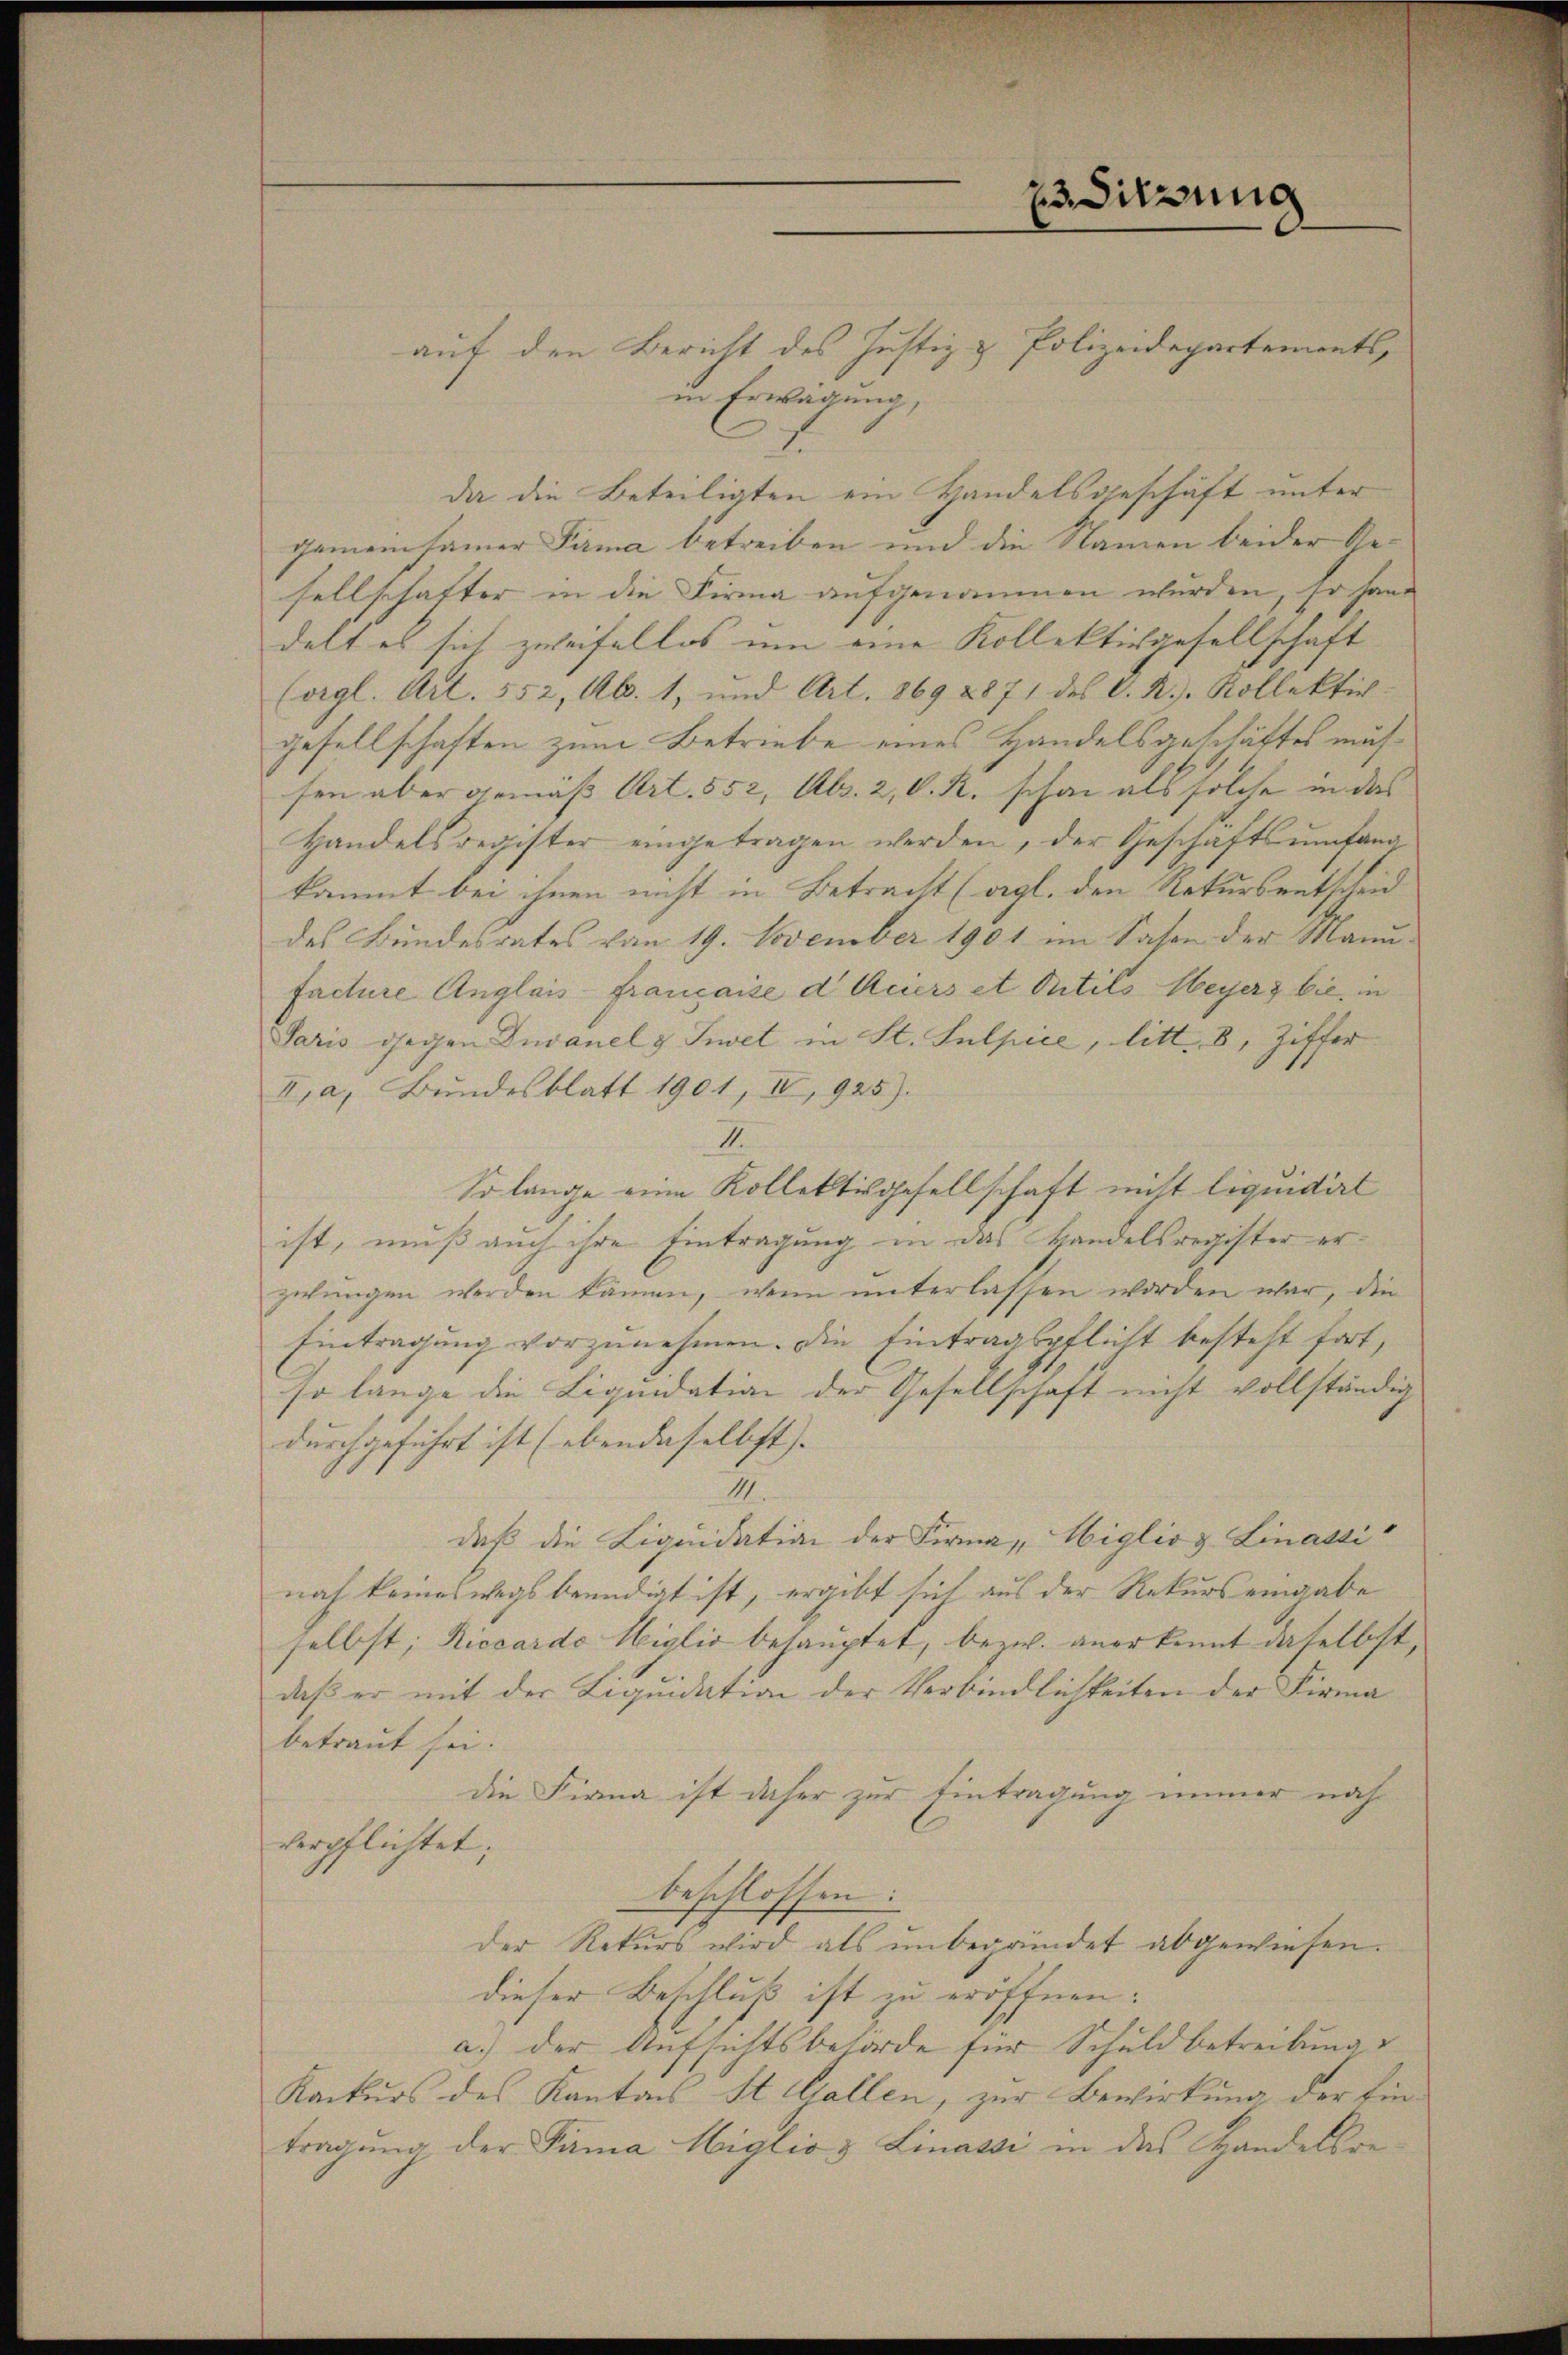
ZuSitzung

auf den Bericht des Justiz- & Polizeidepartements,
in Erwägung,
1
da die Beteiligten ein Handelsgeschäft unter
gemeinsamer Firma betreiben und die Namen beider Gesellschafter in die Firma aufgenommen wurden, so hand
delt es sich zweifellos um eine Kollektivgesellschaft
(orgl. Art. 552, Al. 1, und Art. 869 2871 des C. R. Kollektivgesellschaften zum Betriebe eines Handelsgeschäftes mus
sen aber gemäß Art. 552, Abs. 2, C. R. schon als solche in das
Handelsregister eingetragen werden, der Geschäftsumfang-
kommt bei ihnen nicht in Betracht (vgl. den Rekursentscheid
des Bundesrates vom 19. November 1901 im Sasen der Manufacture Anglais française d. Meiers et Putils Meyerz bie in
Paris gegen Divanel & Sevet in St. Sulpice, litt. 8, Ziffer
I, a. Bundesblatt 1901, II, 925).
II.
So lange eine Kollettesgesellschaft nicht liquidirt
ist, muß auch ihre Eintragung in das Handelsregister erzwungen werden kämen, wenn unterlassen worden war, die
Eintragung vorzunehmen. Die Eintragspflicht besteht fort,
so lange die Liquidation der Gesellschaft nicht vollständig
durchgeführt ist (ebendaselbst. |
11
daß die Liquidation der Firma „Wiglio d. Linassi
noch keineswegs beendigt ist, ergibt sich aus der Rekurs eingabe
selbst; Riccardo Weiglio behauptet, bezw. anerkennt daselbst,
daß er mit der Liquidation der Verbindlichkeiten der Firma
betraut sei.
die Firma ist daher zur Eintragung immer nach
verpflichtet;
beschlossen:
der Rekurs wird als unbegründet abgewiesen.
dieser Beschluß ist zu eröffnen.
a.) der Aufsichtsbehörde für Schuldbetreibung
Konkurs des Kantons St. Gallen, zur Bewirkung der Eintragung der Pama Miglio & Linassi in das Handelsre